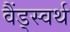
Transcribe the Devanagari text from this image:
वैंड्स्वर्थ